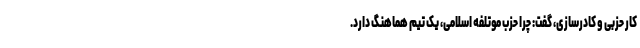
کار حزبی و کادرسازی، گفت: چرا حزب موتلفه اسلامی، یک تیم هماهنگ دارد.